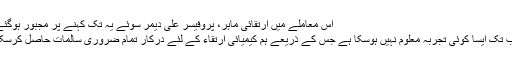
اس معاملے میں ارتقائی ماہر، پروفیسر علی دیمر سوئے یہ تک کہنے پر مجبور ہوگئے :
’’اب تک ایسا کوئی تجربہ معلوم نہیں ہوسکا ہے جس کے ذریعے ہم کیمیائی ارتقاء کے لئے درکار تمام ضروری سالمات حاصل کرسکیں۔